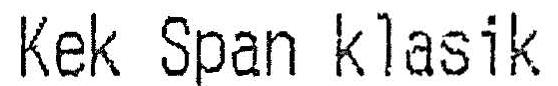
KEK SPAN KLASIK